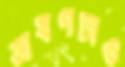
ভাষণটাও